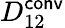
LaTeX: D_{12}^{\mathsf{conv}}